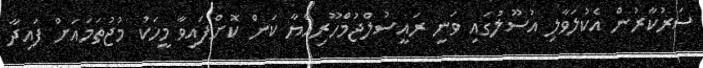
ސަރުކާރުން އެކުލަވާލި އުސޫލުގައި ވަނީ ރައީސުލްޖުމްހޫރިއްޔާ ކަން ކޮށްފައިވާ މީހަކު މުޖުތަމައަށް ފައިދާ